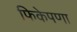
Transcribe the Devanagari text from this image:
फिकेपणा